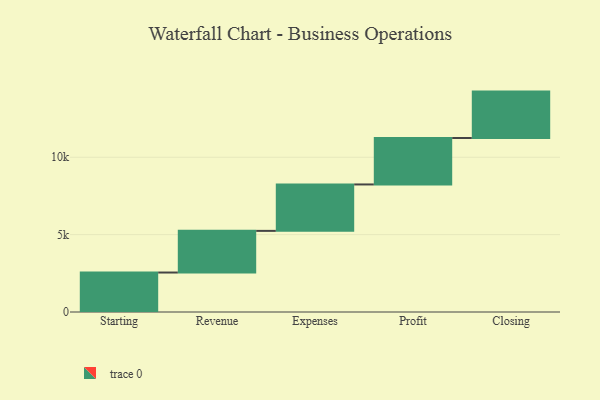
{"axis": {"x": "Step", "y": "Value"}, "legend": [""], "data": [{"x": "Starting", "y": 2551.0, "type": ""}, {"x": "Revenue", "y": 2692.0, "type": ""}, {"x": "Expenses", "y": 3000, "type": ""}, {"x": "Profit", "y": 3000, "type": ""}, {"x": "Closing", "y": 3000, "type": ""}]}